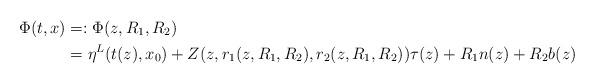
LaTeX: \begin{align*} \Phi(t,x)&=:\Phi(z,R_1,R_2)\\&=\eta^L(t(z),x_0)+Z(z,r_1(z,R_1,R_2),r_2(z,R_1,R_2))\tau(z)+R_1n(z)+R_2b(z)\end{align*}